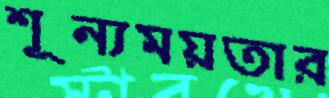
শূন্যময়তার